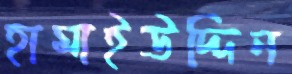
হামাইউদ্দিন